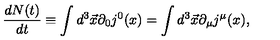
\frac { d N ( t ) } { d t } \equiv \int d ^ { 3 } \vec { x } \partial _ { 0 } j ^ { 0 } ( x ) = \int d ^ { 3 } \vec { x } \partial _ { \mu } j ^ { \mu } ( x ) ,